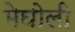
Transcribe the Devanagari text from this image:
मेघोली